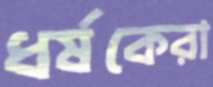
ধর্ষকেরা